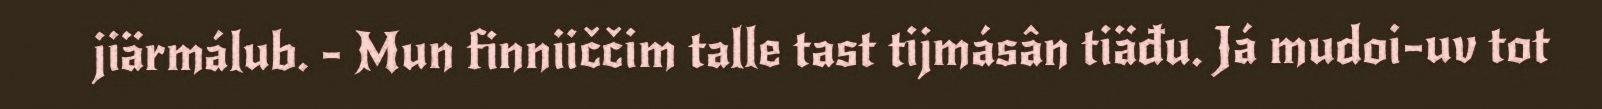
jiärmálub. - Mun finniiččim talle tast tijmásân tiäđu. Já mudoi-uv tot